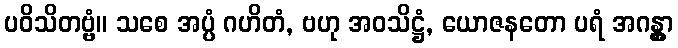
ပဝိသိတဗ္ဗံ။ သစေ အပ္ပံ ဂဟိတံ, ဗဟု အဝသိဋ္ဌံ, ယောဇနတော ပရံ အဂန္တွာ